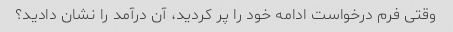
وقتی فرم درخواست ادامه خود را پر کردید، آن درآمد را نشان دادید؟